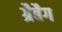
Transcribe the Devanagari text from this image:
ग्रैबैग